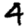
Digit: 4